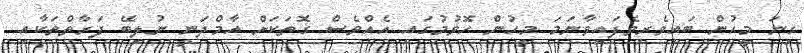
ގިނަ މީހުން ބައިވެރިވެފައިވާނަމަ މީހުން ހޮވުމުގައި އެއްވެސް ގޮތަކަށް އާމްދަނީ ނުލިބޭ ފަރާތްތަކާއި